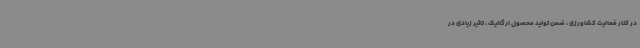
در کنار فعالیت کشاورزی ، ضمن تولید محصول ارگانیک ، تاثیر زیادی در